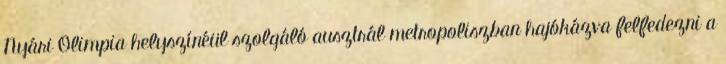
Nyári Olimpia helyszínéül szolgáló ausztrál metropoliszban hajókázva felfedezni a